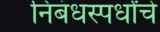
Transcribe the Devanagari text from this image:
निबंधस्पर्धांचे